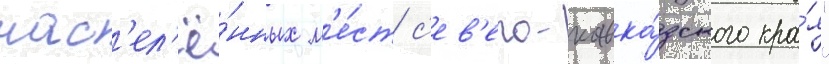
нас'ел'ё́нных м'е́ст с'ев'еро-кавка́зского кра́я"